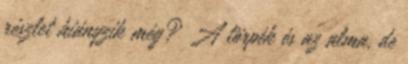
részlet hiányzik még? A törpék és az alma, de